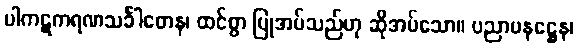
ပါကဋကရဏသင်္ခါတေန၊ ထင်စွာ ပြုအပ်သည်ဟု ဆိုအပ်သော။ ပညာပနဋ္ဌေန၊